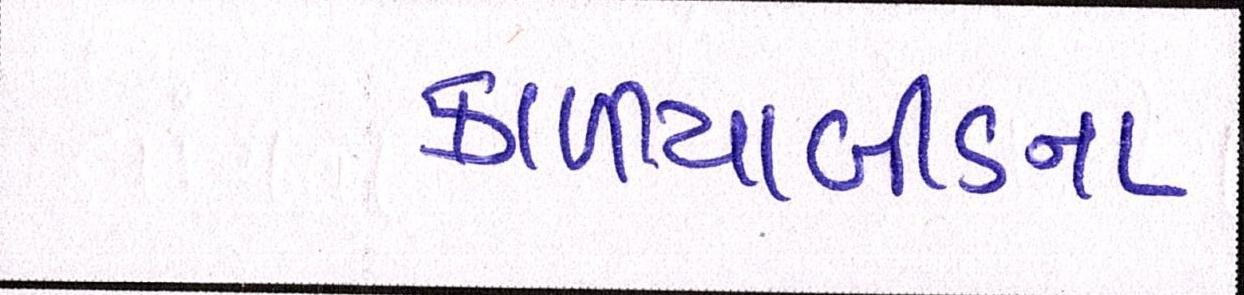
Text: કાળીયાબીડના